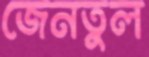
জেনতুল